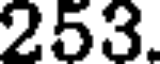
253.